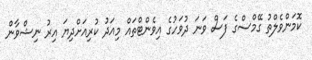
ކޮމަންވެލްތު ގޭމްސްގެ ފަސް ވަނަ ދުވަހުގެ އިވެންޓްތައް މިއަދު ކުރިއަށްދިޔަ އިރު ނިޝްވާން